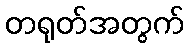
တရုတ်အတွက်